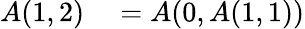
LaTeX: \begin{array}{rl}{A(1,2)}&{{}=A(0,A(1,1))}\end{array}